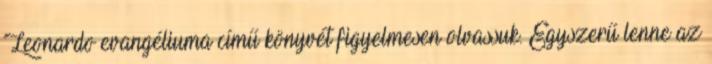
Leonardo evangéliuma cí­mű köny­vét figyelmesen olvassuk. Egyszerű lenne az